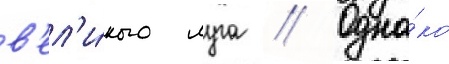
в'ел'и́кого луга // Одна́ко